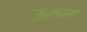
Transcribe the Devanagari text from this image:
उरुल